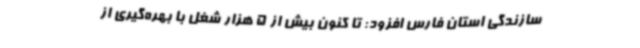
سازندگی استان فارس افزود: تا کنون بیش از 5 هزار شغل با بهره‌گیری از